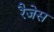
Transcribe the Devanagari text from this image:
रैजेस